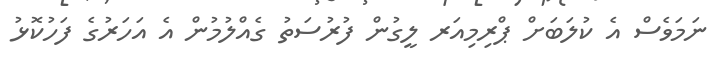
ނަމަވެސް އެ ކުލަބަށް ޕްރިމިއަރ ލީގުން ފުރުސަތު ގެއްލުމުން އެ އަހަރުގެ ފަހުކޮޅު